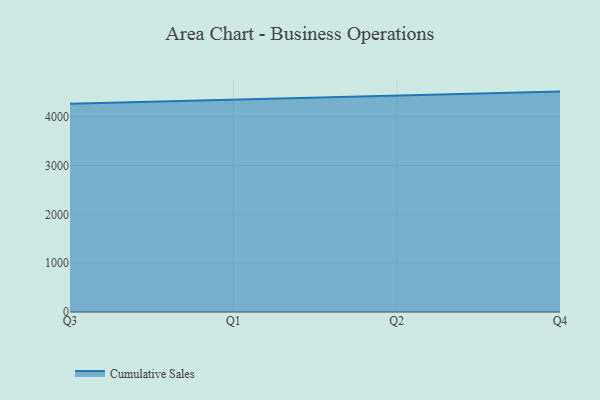
{"axis": {"x": "Quarter", "y": "Latency (ms)"}, "legend": ["Cumulative Sales"], "data": [{"x": "Q3", "y": 4267.5, "type": "Cumulative Sales"}, {"x": "Q1", "y": 4352.5, "type": "Cumulative Sales"}, {"x": "Q2", "y": 4429.5, "type": "Cumulative Sales"}, {"x": "Q4", "y": 4514.1, "type": "Cumulative Sales"}]}